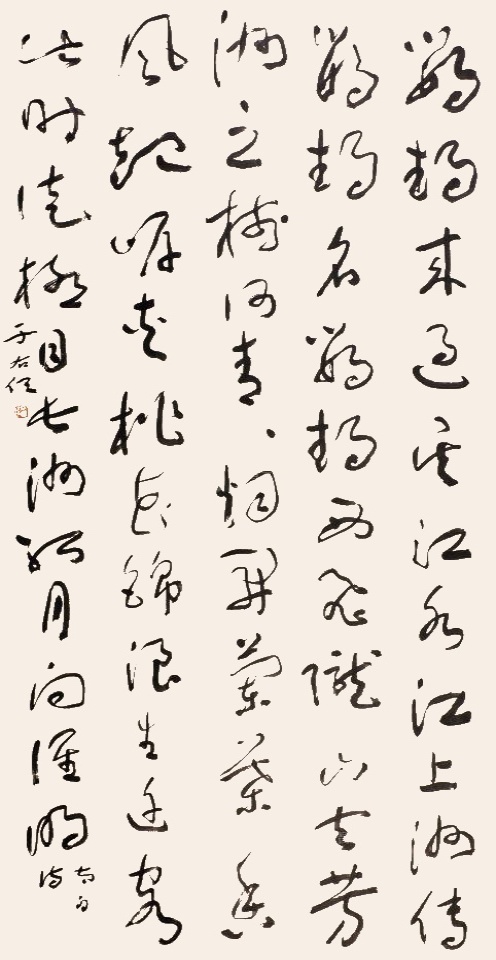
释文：鹦鹉来过吴江水，江上洲传鹦鹉名。鹦鹉西飞陇山去，芳洲之树何青青。烟开兰叶香风暖，岸夹桃花锦浪生。迁客此时徒极目，长洲孤月向谁明。李白诗。于右任。